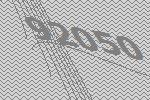
92050